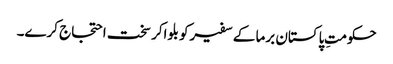
حکومتِ پاکستان برما کے سفیرکو بلواکر سخت احتجاج کرے۔